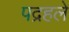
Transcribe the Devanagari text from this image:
पद्रहले